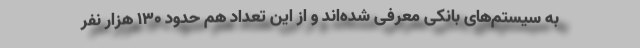
به سیستم‌های بانکی معرفی شده‌اند و از این تعداد هم حدود ۱۳۰ هزار نفر